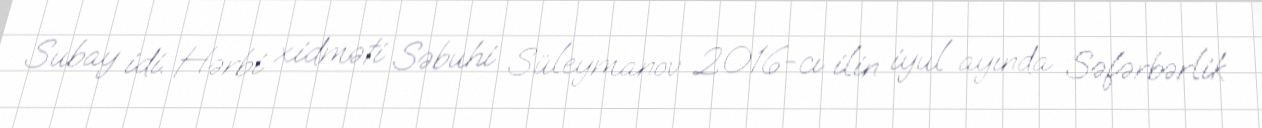
Subay idi. Hərbi xidməti Səbuhi Süleymanov 2016-cı ilin iyul ayında Səfərbərlik